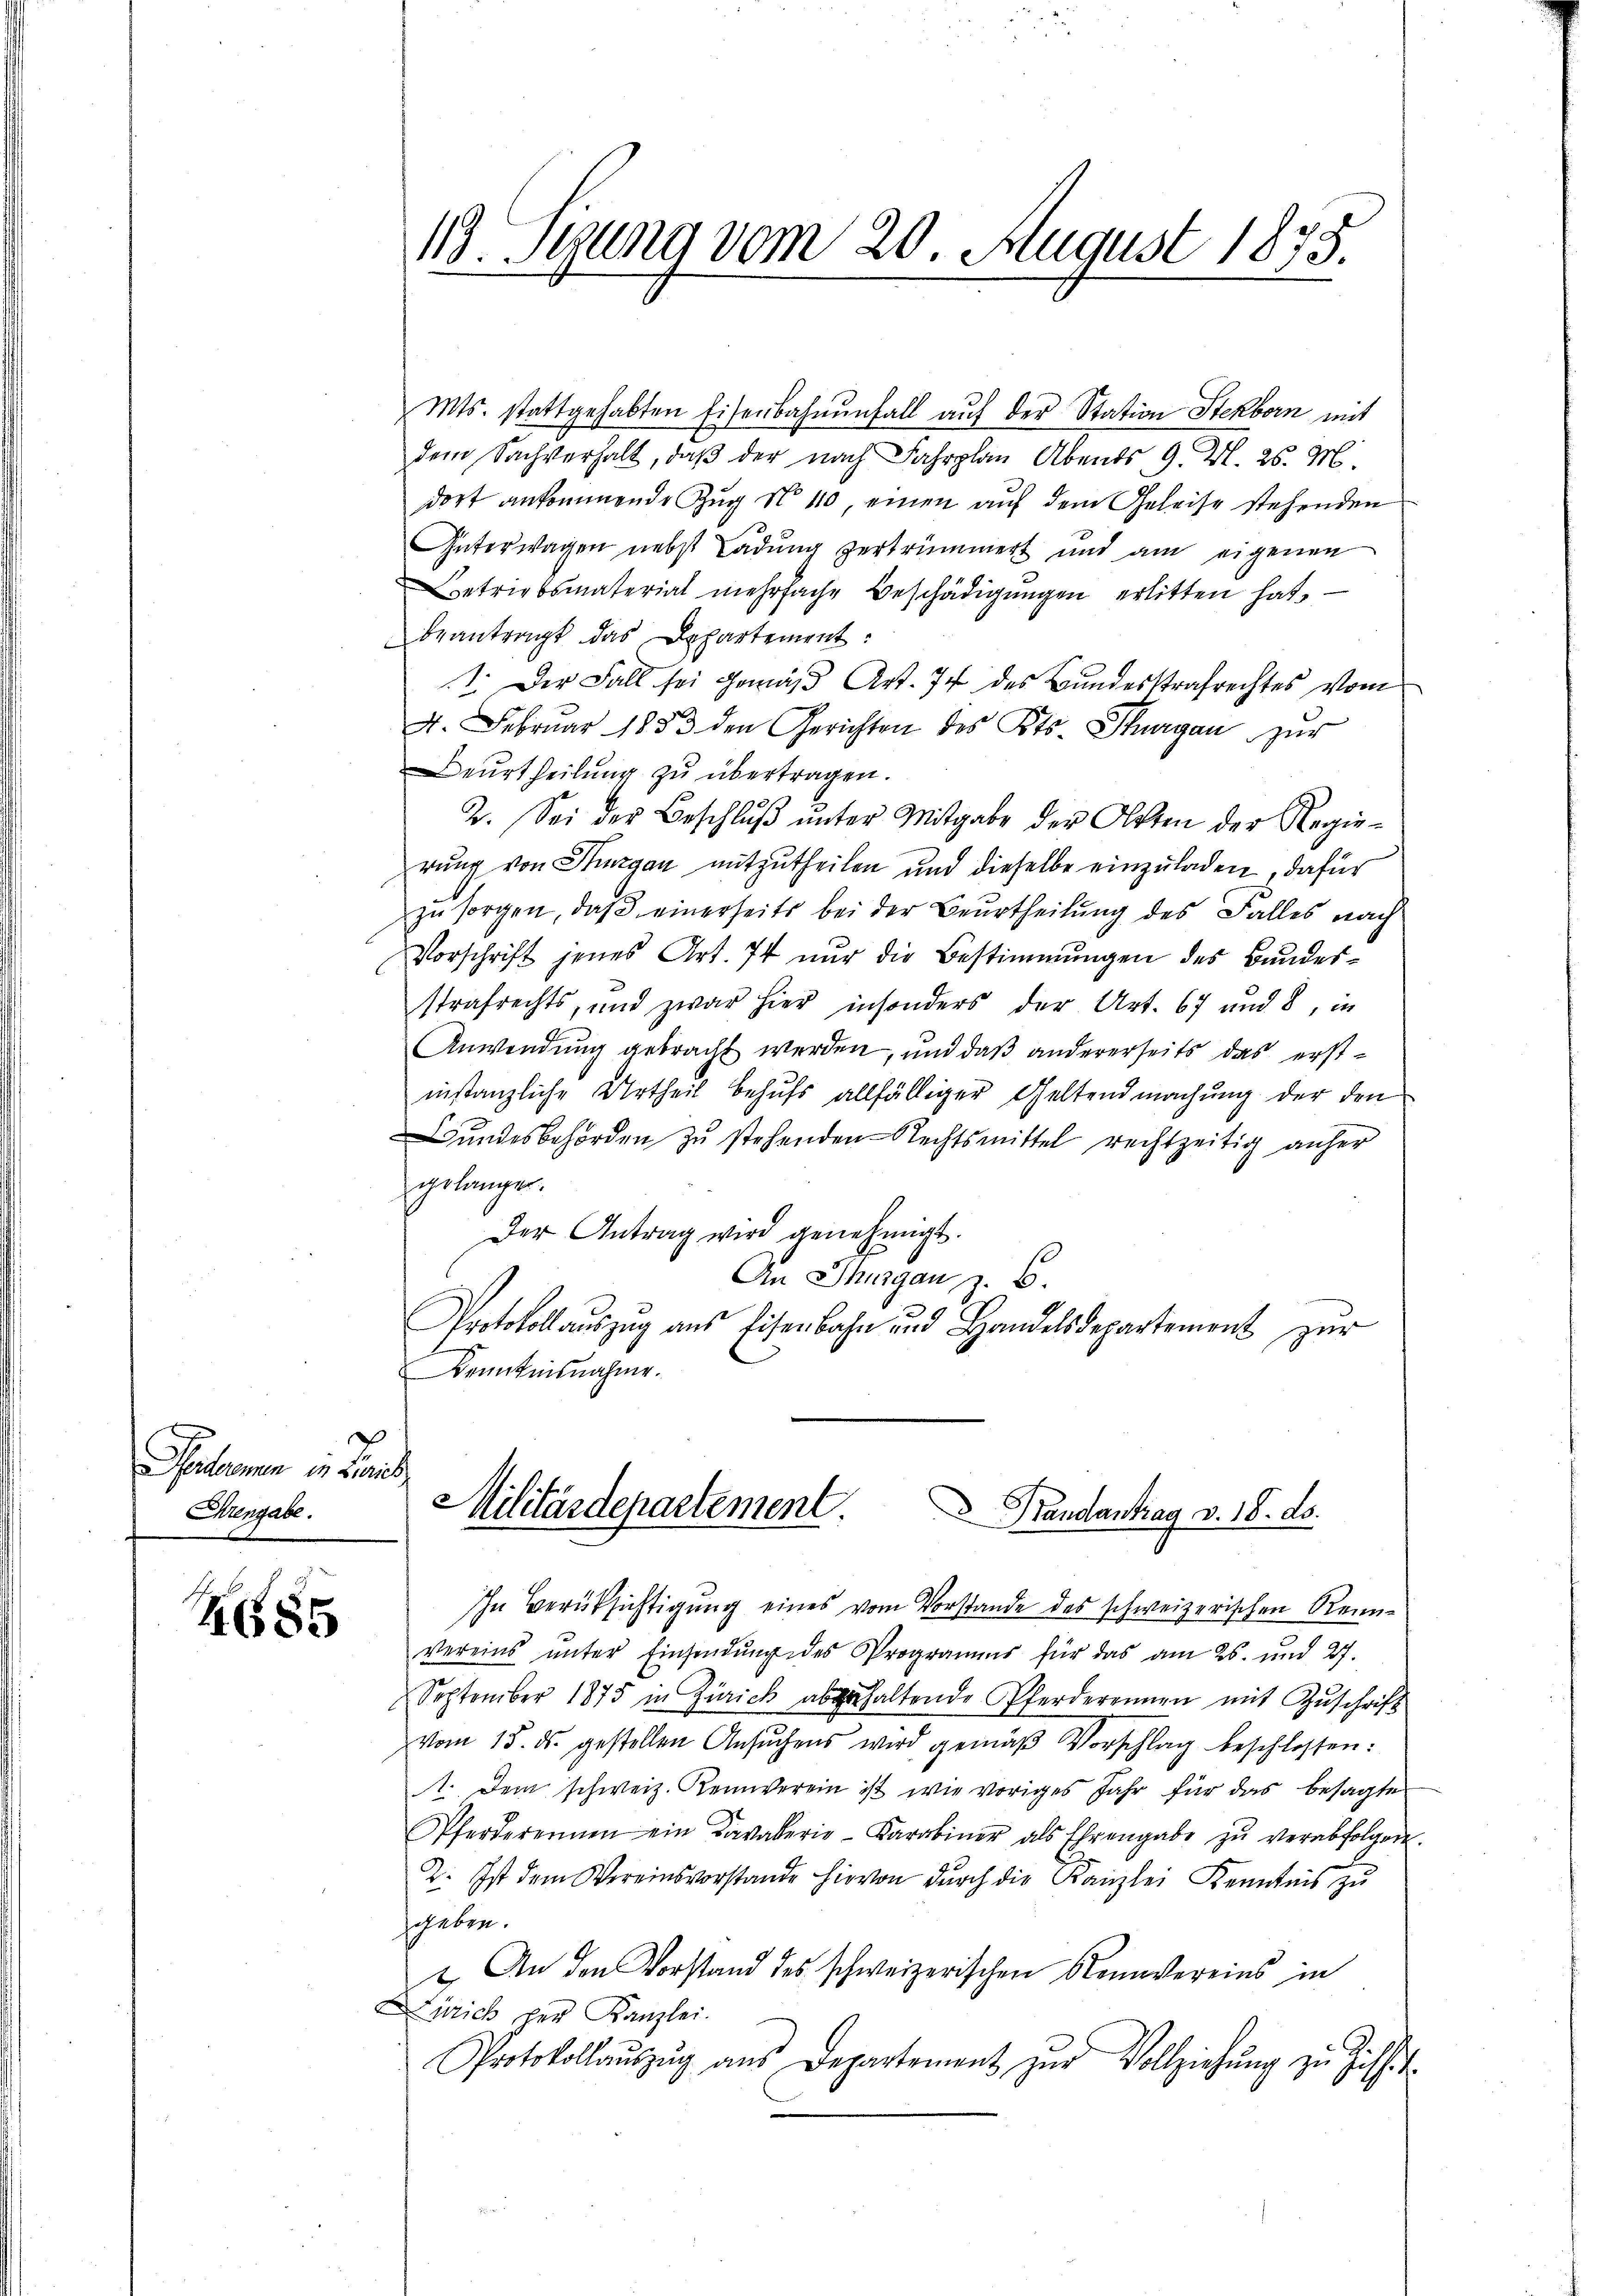
Petenen in Land
Ehrengabe.

S.685

Mts. stattgehabten Eisenbahnenfall aŭf der Station Steckborn mit
dem Sachverhalt, daβ der nach Fahrplan Abends 9. N. 25. M.
dort ankommende Zŭg No 110, einen aŭf dem Geleise stehenden
Güterwagen nebst Ladung zertrümmert und am eigenen
Betriebsmaterial mehrfache Beschädigŭngen erlitten hat.
beantragt das Departement:
1. Der Fall sei gemäß Art. 74 des Bundesstrafrechtes vom
4. Februar 1883 den Gerichten des Kts. Thurgau zur
Beurtheilung zu übertragen.
2. Sei der Beschlŭβ ŭnter Mitgabe der Olten der Regie-
rung von Thurgau mitzutheilen und dieselbe einzuladen, dafür
zŭ sorgen, daβ einerseits bei der Beurtheilung des Falles nach
Vorschrift jenes Art. 74 nur die Bestimmungen des Bundesstrafrechts, und zwar hier insonders der Art. 67 und 8, in
Anwendung gebracht werden, und daß andererseits das erstinstanzliche Urtheil behufs allfälliger Geltendmachung der den
Bŭndesbehörden zŭ stehenden Rechtsmittel rechtzeitig anher
gelangen.
Der Antrag wird genehmigt.
An Thurgau z. B.
Protokoll aŭszŭg ans Eisenbahn und Handelsdepartement zŭr
Kenntnisnahme.

118. Sigung vom 20. August 1875.

Militärdepartement. Brandantrag v. 18. ds.
In Berüksichtigung eines vom Vorstande des schweizerischen Rein¬

vereins unter Einsendung des Programms für das am 26. und 27.
September 1875 in Zürich abgehaltende Pferderennen mit Zuschrift
vom 15. ds. gestellen Ansŭchens wird gemäβ Vorschlag beschlossen:
1. Dem schweiz. Keinverein ist wie voriges Jahr für das besagte
Pferderennen ein Kavalerie-Karabiner als Ehrengabe zŭ verabfolgen.
2. Ist dem Vereinsvorstande hievon dŭrch die Kanzlei Kenntnis zŭ
geben.
t. An den Vorstand des schweizerischen Konvereins in
Zürich der Kanzlei.
Protokollaŭszŭg aŭs Departement zŭr Vollziehŭng zu Hilfs-